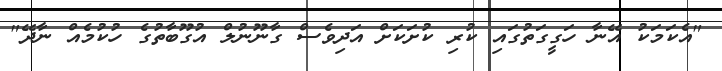
"އެކަމަކު އޭނާ ހަގީގަތުގައި ކުރި ކުށަކަށް އަދިވެސް ގާނޫނުލް އުގޫބާތުގެ ހުކުމެއް ނާދޭ"